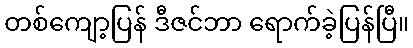
တစ်ကျော့ပြန် ဒီဇင်ဘာ ရောက်ခဲ့ပြန်ပြီ။